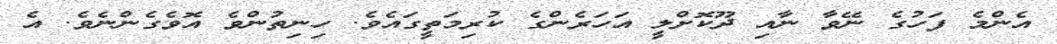
އެންމެ ފަހުގެ ނޭވާ ނާއި ދޫކޮށްލީ އަހަރެންގެ ކުރިމަތީގައެވެ. ހިނިތުންްވެ އޮވެގެންނެވެ. އެ